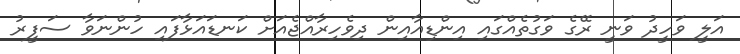
އަލީ ވަހީދު ވަނީ ރޭގެ ވަގުތެއްގައި އިންޑިއާއިން ދިވެހިރާއްޖެއަށް ކަނޑައަޅާފައި ހުންނަވާ ސަފީރު